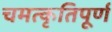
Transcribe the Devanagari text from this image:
चमत्कृतिपूर्ण